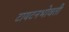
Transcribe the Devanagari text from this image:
टायटनभोवती